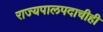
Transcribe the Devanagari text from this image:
राज्यपालपदाचीही